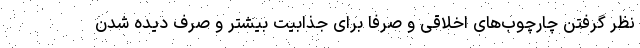
نظر گرفتن چارچوب‌های اخلاقی و صرفاً برای جذابیت بیشتر و صرف دیده شدن